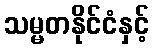
သမ္မတနိုင်ငံနှင့်